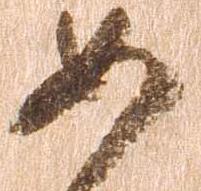
如